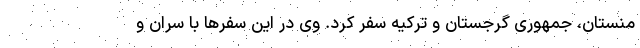
منستان، جمهوری گرجستان و ترکیه سفر کرد. وی در این سفرها با سران و